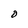
Character: O